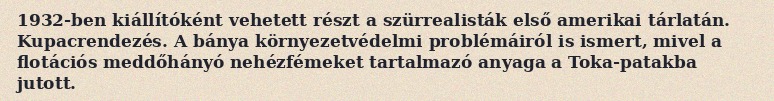
1932-ben kiállítóként vehetett részt a szürrealisták első amerikai tárlatán. Kupacrendezés. A bánya környezetvédelmi problémáiról is ismert, mivel a flotációs meddőhányó nehézfémeket tartalmazó anyaga a Toka-patakba jutott.